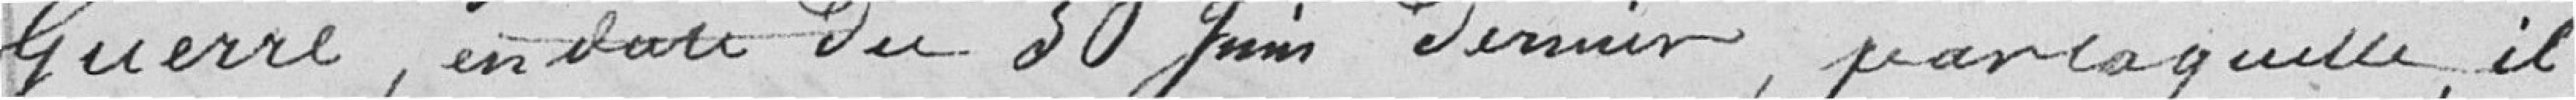
Guerre, en date du 30 juin dernier, par laquelle il